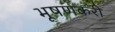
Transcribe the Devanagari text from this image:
भूषणकरी